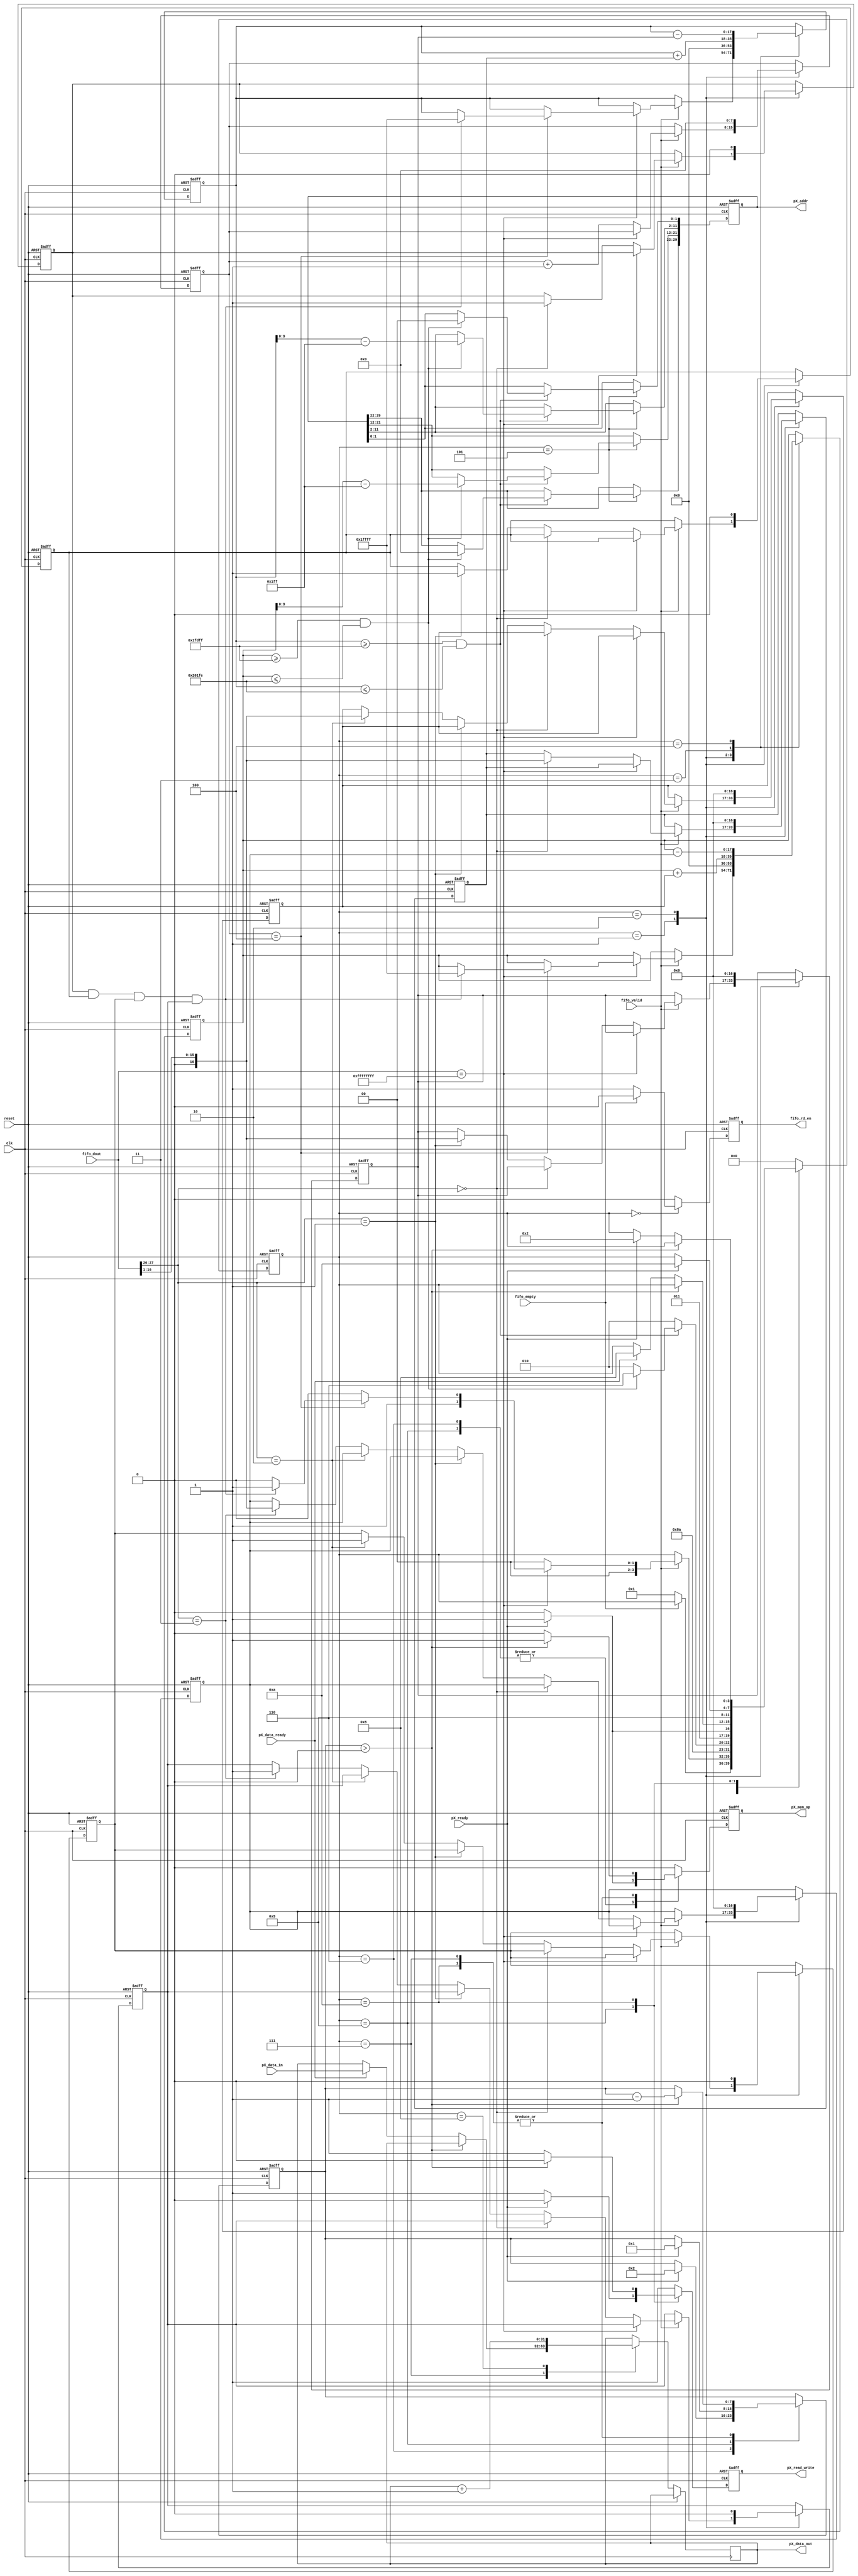
//////////////////////////////////////////////////////////////////////////////////
// 
// In this module, the raw TDC-GPX timestamps are read from the TDC-GPX Core Controller. 
// Once read, the timebin and channel number are extracted from the raw timestamps and an
// address is generated for the memory location. 
// 
// A read operation is initiated on the DDR2 Memory Controller Module at the
// address previously generated. The returned value is incremented by 1, and a
// write operation is send to the Memory Controller at the same address but with
// the new value.
//
// Designed by: Andrei Hanu 
//
// Last Edited:	 03/05/2013
//
//////////////////////////////////////////////////////////////////////////////////
module Histogramming_Controller(
		// Synchronous Clock & Asynchronous Reset
		input wire clk, reset,		
				
		// DDR2 Memory Controller Ports
		input wire pX_ready,							// Ready Status
		output reg [31:0] pX_data_out,			// Data to memory
		input wire [31:0] pX_data_in,				// Data from memory
		input wire pX_data_ready,					// Data Ready Status
		output reg [29:0] pX_addr,					// Address location on memory
		output reg pX_read_write,					// Specifies read (1) or write (0) operation
		output reg pX_mem_op,
				
		// FIFO Read
		input wire [31:0] fifo_dout,				// FIFO data out
		output reg fifo_rd_en,						// FIFO read enable
		input wire fifo_empty,						// FIFO empty flag
		input wire fifo_valid						// FIFO data valid flag
		
	);
	
	localparam offset	 = 131071;					// Used to offset negative time differences (2^18/2 - 1)
	localparam min_time = 130559;					// offset - 512	
	localparam max_time = 131582;					// offset + 511
	
	// Symbolic State Declaration
	localparam [3:0]
		idle 					= 	4'd0,		
		GetTime				=	4'd1,
		ClrTime				=	4'd2,
		GetSum				=	4'd3,
		GetDiff				=	4'd4,
		GenAddr				= 	4'd5,
		IncMem_Read			=	4'd6,
		IncMem_Read_Wait	=	4'd7,
		IncMem_Modify		=	4'd8,
		IncMem_Write		=	4'd9,
		IncMem_Write_Wait	=	4'd10;
		
	
	// Internal Signal Declaration
	reg [3:0] state_reg;
	reg [7:0] cnt_reg;
	reg [16:0] CH1_reg;								// CH1 Timestamp Register	
	reg [16:0] CH2_reg;								// CH2 Timestamp Register	
	reg [16:0] CH3_reg;								// CH3 Timestamp Register	
	reg [16:0] CH4_reg;								// CH4 Timestamp Register
	reg CH1_hit_reg;									// CH1 Hit Register
	reg CH2_hit_reg;									// CH2 Hit Register	
	reg CH3_hit_reg;									// CH3 Hit Register
	reg CH4_hit_reg;									// CH4 Hit Register
	reg [17:0] CH1_CH2_diff_reg;					// Difference between CH1 and CH2 + offset
	reg [17:0] CH3_CH4_diff_reg;					// Difference between CH3 and CH4 + offset
	reg [7:0] hits_reg;								// Keeps track of the number of timestamps during an event
	
	// Synchronous FSM
	always @(posedge clk, posedge reset) 
	begin
		// Asynchronous Reset
		if (reset) begin	
			state_reg <= idle;
			cnt_reg <= 0;
			pX_addr <= 0;
			pX_read_write <= 1;
			pX_mem_op <= 0;
			fifo_rd_en <= 0;
			
			CH1_reg <= 0;
			CH2_reg <= 0;			
			CH3_reg <= 0;
			CH4_reg <= 0;
			CH1_hit_reg <= 0;
			CH2_hit_reg <= 0;
			CH3_hit_reg <= 0;
			CH4_hit_reg <= 0;
			CH1_CH2_diff_reg <= 0;
			CH3_CH4_diff_reg <= 0;
			hits_reg <= 0;	
		end
		else begin
			// Defaults
			pX_mem_op <= 0;
			pX_read_write <= 1;
			fifo_rd_en <= 0;
			
			case (state_reg)
			idle:
				begin
					// Check if the FIFO contains data
					if (~fifo_empty) begin
						// FIFO read enable
						fifo_rd_en <= 1;
						// Go to GetTime state
						state_reg <= GetTime;
					end
				end
			GetTime:
				begin		
					// Check if the FIFO contains valid data
					if (fifo_valid) begin
						// Check for START timestamp (all ones)
						if (fifo_dout == 32'hFFFFFFFF) begin	
							// Default ClrTime
							state_reg <= ClrTime;
							// Subtract timestamps
							if (hits_reg == 4) begin
								if (CH1_hit_reg && CH2_hit_reg && CH3_hit_reg && CH4_hit_reg) begin
									CH1_CH2_diff_reg <= offset;
									CH3_CH4_diff_reg <= offset;
									// Generate memory address
									state_reg <= GetSum;
								end
							end
						end
						else begin
							// Go to idle
							state_reg <= idle;
							// Increment hit counter
							hits_reg <= hits_reg + 1;
							
							// Check Channel Code
							if (fifo_dout[27:26] == 2'b00) begin
								// Channel 1
								CH1_reg <= fifo_dout[16:1];							
								CH1_hit_reg <= 1;
							end
							else if (fifo_dout[27:26] == 2'b01) begin
								// Channel 2
								CH2_reg <= fifo_dout[16:1];
								CH2_hit_reg <= 1;
							end
							else if (fifo_dout[27:26] == 2'b10) begin
								// Channel 3
								CH3_reg <= fifo_dout[16:1];
								CH3_hit_reg <= 1;
							end
							else if (fifo_dout[27:26] == 2'b11) begin
								// Channel 4
								CH4_reg <= fifo_dout[16:1];
								CH4_hit_reg <= 1;
							end							
						end
					end
				end
			ClrTime:
				begin
					// Reset CH1-CH4 timestamp registers
					CH1_reg <= 0;
					CH2_reg <= 0;
					CH3_reg <= 0;
					CH4_reg <= 0;
					// Reset CH1-CH4 hit registers
					CH1_hit_reg <= 0;
					CH2_hit_reg <= 0;
					CH3_hit_reg <= 0;
					CH4_hit_reg <= 0;
					// Reset the difference registers
					CH1_CH2_diff_reg <= 0;
					CH3_CH4_diff_reg <= 0;
					// Reset the hits counter
					hits_reg <= 0;					
					// Go to idle
					state_reg <= idle;					
				end
			GetSum:
				begin
					CH1_CH2_diff_reg <= CH1_CH2_diff_reg + CH1_reg;
					CH3_CH4_diff_reg <= CH3_CH4_diff_reg + CH3_reg;
					state_reg <= GetDiff;
				end
			GetDiff:
				begin
					CH1_CH2_diff_reg <= CH1_CH2_diff_reg - CH2_reg;
					CH3_CH4_diff_reg <= CH3_CH4_diff_reg - CH4_reg;
					state_reg <= GenAddr;
				end
			GenAddr:
				begin	
					// Default ClrTime state
					state_reg <= ClrTime;
					// Check First Axis Difference
					if ((CH1_CH2_diff_reg >= min_time) && (CH1_CH2_diff_reg <= max_time)) begin
						// Check Second Axis Difference
						if ((CH3_CH4_diff_reg >= min_time) && (CH3_CH4_diff_reg <= max_time)) begin
							// Generate Address							
							pX_addr[1:0] <= 2'b00;
							pX_addr[11:2] <= CH1_CH2_diff_reg - min_time;						
							pX_addr[21:12] <= CH3_CH4_diff_reg - min_time;						
							pX_addr[29:22] <= 8'b00000000;						
							// Go to IncMem state
							state_reg <= IncMem_Read;	
						end
					end
				end
			IncMem_Read:
				begin
					// Loop same state until data ready
					state_reg <= IncMem_Read;	
					// Check if memory controller is ready
					if (pX_ready) begin
						// Load the counter 1 clk cycle
						cnt_reg <= 2;
						// Read Operation
						pX_read_write <= 1;						
						// Memory Operation
						pX_mem_op <= 1;
						// Go to wait state						
						state_reg <= IncMem_Read_Wait;
					end
				end
			IncMem_Read_Wait:
				begin
					// Check counter
					if (cnt_reg > 0) begin
						// Memory Operation
						pX_mem_op <= 1;
						// Read Operation
						pX_read_write <= 1;
						// Decrement counter
						cnt_reg <= cnt_reg - 1;
					end 
					else begin
						// Check if data is ready
						if (pX_data_ready) begin
							// Write back the data
							pX_data_out <= pX_data_in;
							// Go to the modify state
							state_reg <= IncMem_Modify;
						end
					end
				end
			IncMem_Modify:
				begin
					// Increment data to be written
					pX_data_out <= pX_data_out + 1;
					state_reg <= IncMem_Write;
				end
			IncMem_Write:
				begin
					// Check if memory controller is ready
					if (pX_ready) begin
						// Load the counter 1 clk cycle
						cnt_reg <= 1;
						// Write Operation
						pX_read_write <= 0;						
						// Memory Operation
						pX_mem_op <= 1;
						// Go to wait state
						state_reg <= IncMem_Write_Wait;							
					end
				end
			IncMem_Write_Wait:
				begin
					// Check counter
					if (cnt_reg > 0) begin
						// Memory Operation
						pX_mem_op <= 1;
						// Write Operation
						pX_read_write <= 0;
						// Decrement counter
						cnt_reg <= cnt_reg - 1;
					end 
					else begin
						// Check if controller is ready
						if (pX_ready) begin
							// Go back to ClrTime
							state_reg <= ClrTime;
						end
					end
				end
			default: 
				state_reg <= idle;
			endcase
		end
	end	
endmodule